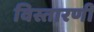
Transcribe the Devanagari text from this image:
विस्तारणी